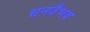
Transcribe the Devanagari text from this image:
धनवैभव